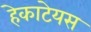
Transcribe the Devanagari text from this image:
हेकाटेयस